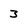
Character: 3